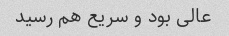
عالی بود و سریع هم رسید